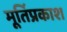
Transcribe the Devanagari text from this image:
मूर्तिप्रकाश